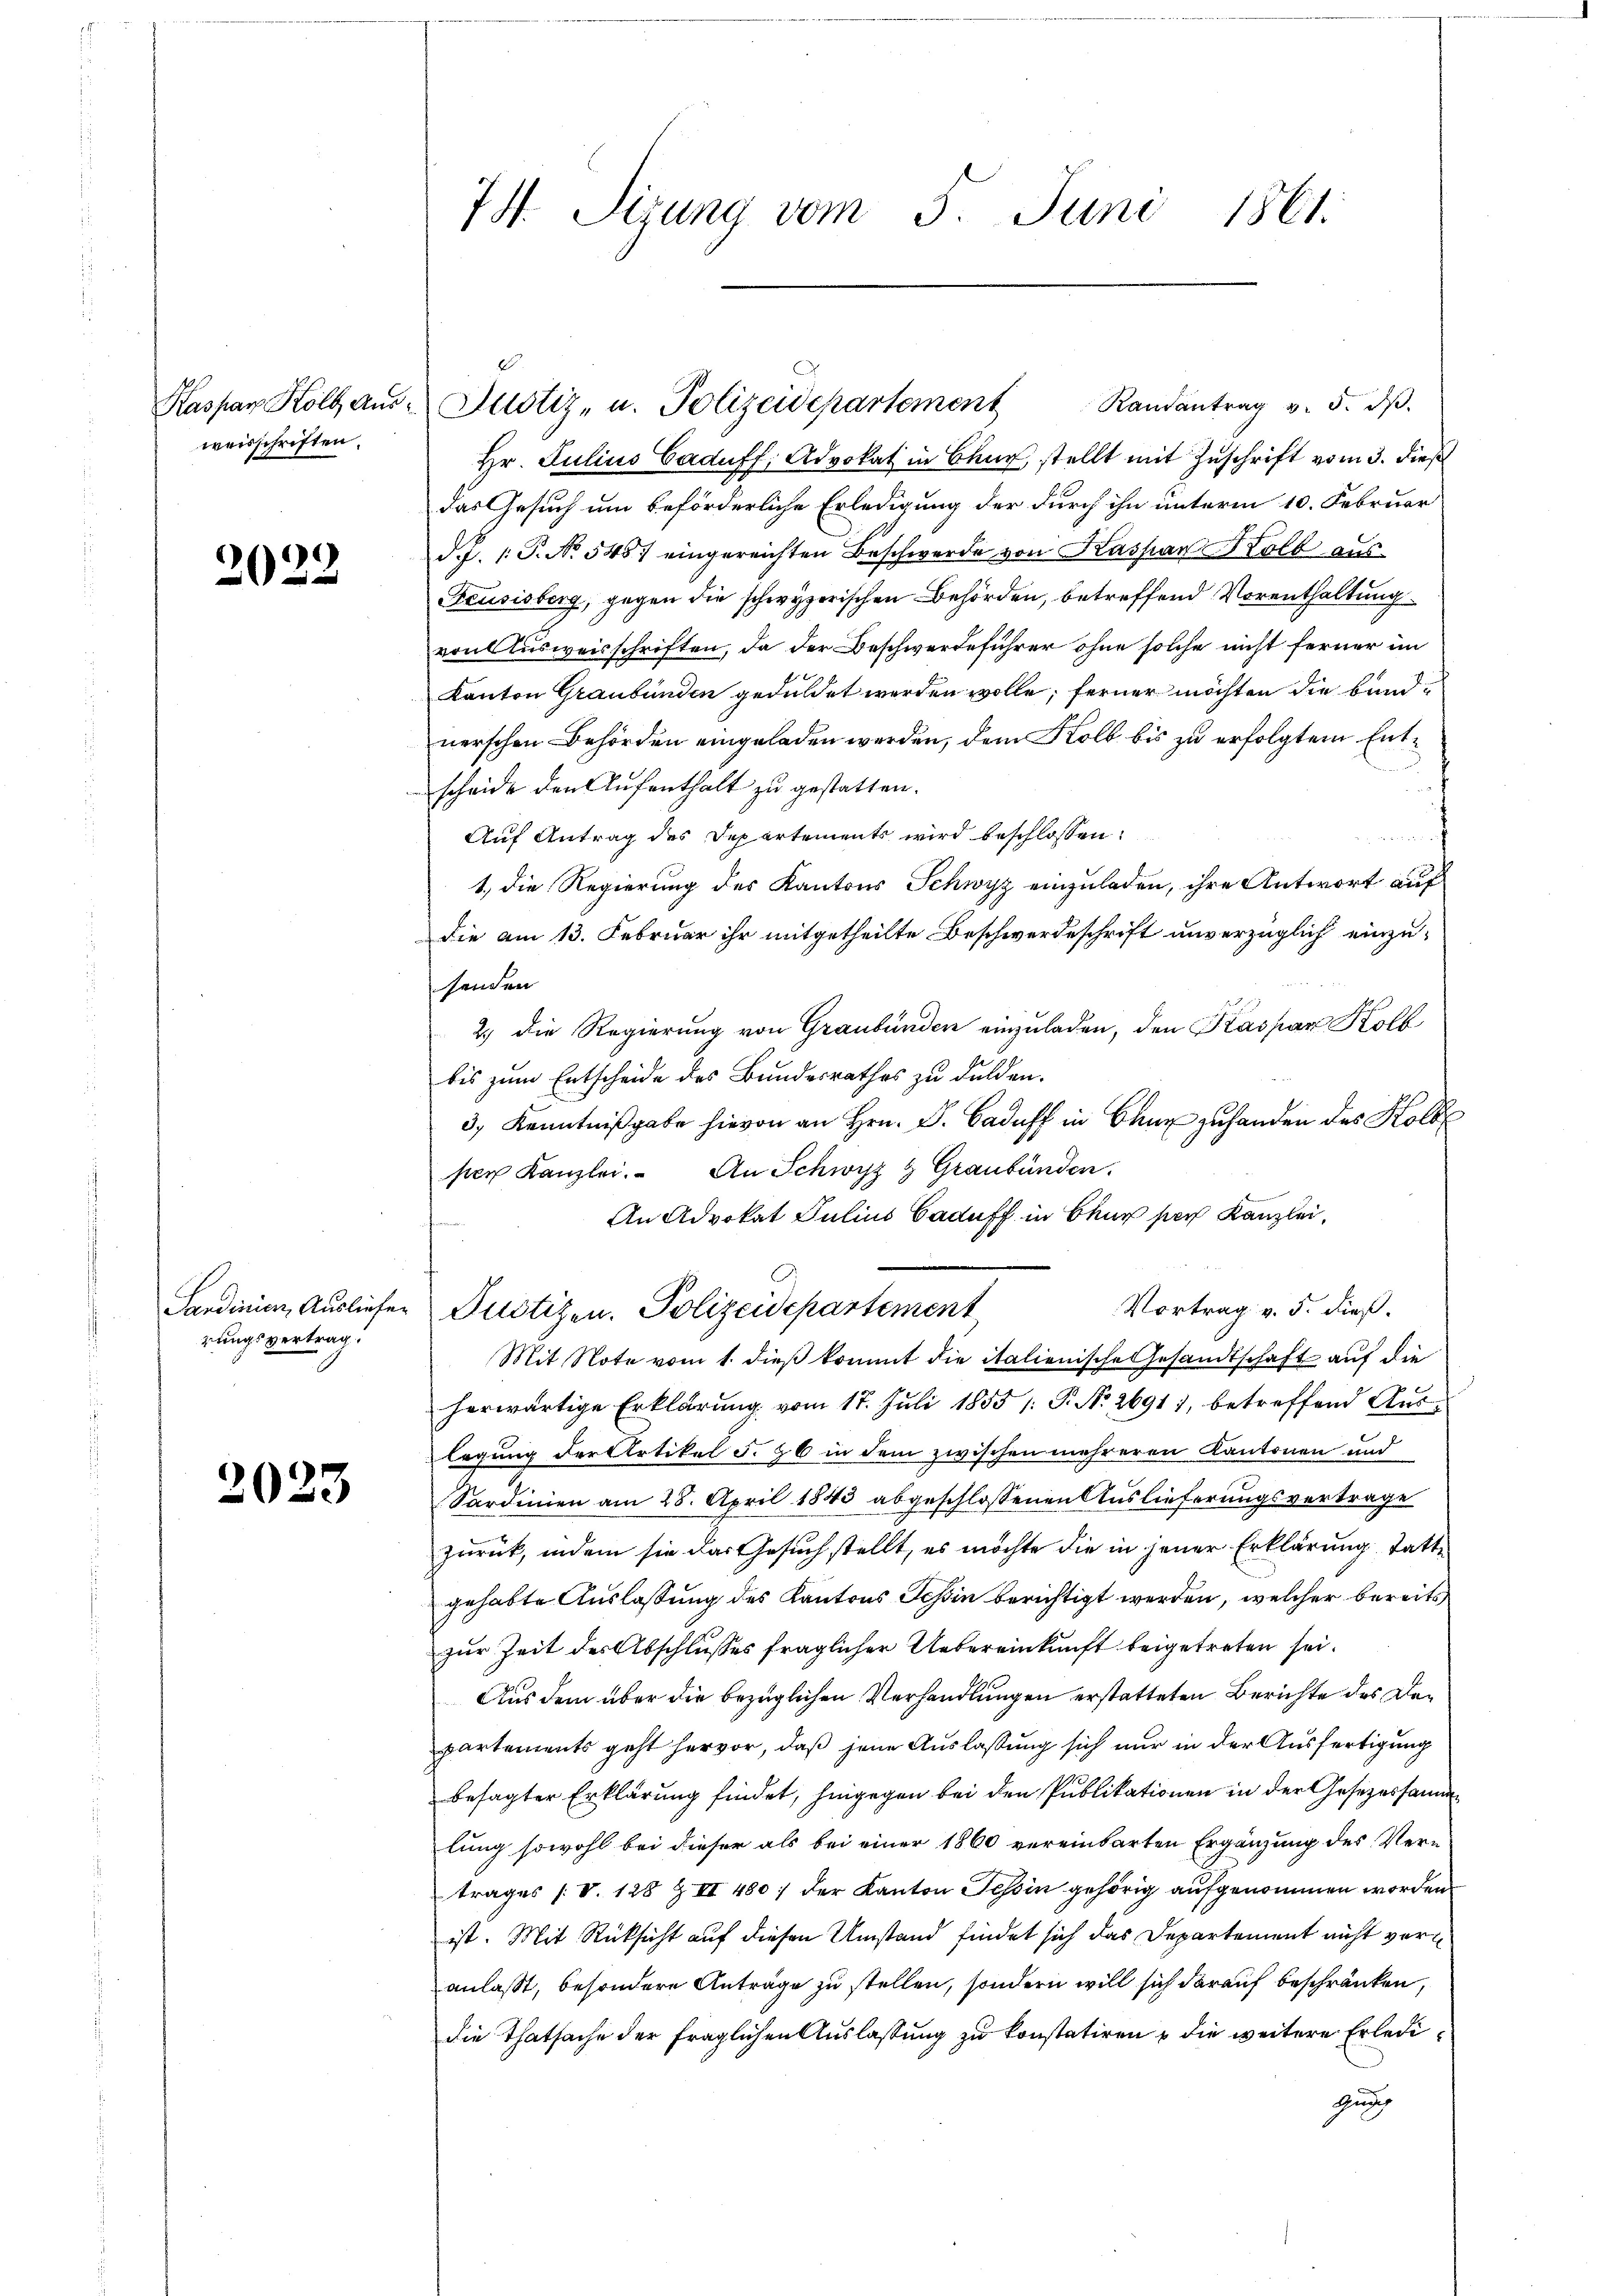
weisschriften.

2022

Sandinien, Ausliefer
rungsvertrag.

2023

74. Sizung vom 5. Juni 1861.

1
Kaspar Kolb aus Justiz, u. Polizeidepartement Randantrag v. 5. dβ.

Hr. Julius Caduff, Advokat in Baar, stellt mit Zuschrift vom 3. dieß
das Gesuch um beförderliche Erledigung der durch ihn unterm 10. Februar
d.J. P. Nr. 545 eingereichten Beschwerde von Kassian Kolb aus
Feusisberg, gegen die schwyzerischen Behörden, betreffend Vorenthaltung
von Ausweisschriften, da der Beschwerdeführer ohne solche nicht ferner im
Kanton Graubünden geduldet werden wolle, ferner möchten die bindnerschen Behörden eingeladen werden, dem Kolb bis zu erfolgtem Entscheide den Aufenthalt zu gestatten.
Auf Antrag des Departements wird beschlossen:
e
1., die Regierung des Kantons Schwyz einzuladen, ihre Antwort auf
die am 13. Februar ihr mitgetheilte Beschwerdeschrift unverzüglich einzusenden
2.) Die Regierung von Graubünden einzuladen, den Kaspar Kolb
bis zum Entscheide des Bundesrathes zu dulden.
3, Kenntnißgabe hievon an Hrn. D. Caduff in Chur zu handen des Kolbe
per Kanzlei. An Schwyz & Graubünden.
An Advokat Julius Caduff in Chur par Kanzlei,
Vortrag v. 5. dieß.
Justizen. Polizeidepartement
Mit Note vom 1. dieß kommt die italienische Gesandtschaft auf die
herwärtige Erklärung vom 17. Juli 1855 /: P. Nr. 2691), betreffend Auslegung der Artikel 5. 26 in dem zwischen mehreren Kantonen und
Sardinien am 28. April 1843 abgeschlossenen Auslieferungsvertrage
zurück, indem sie das Gesuch stellt, es möchte die in jener Erklärung stattgehabte Auslassung des Kantons Schin berichtigt werden, welcher bereits
zur Zeit des Abschlusses fraglicher Uebereinkunft beigetreten sei.
Aus dem über die bezüglichen Verhandlungen erstatteten Berichte des Departements geht hervor, daß jene Auslassung sich nur in der Ausfertigung
besagter Erklärung findet, hingegen bei den Publikationen in der Gesezessamme
lung sowohl bei dieser als bei einer 1860 vereinbarten Ergänzung des Vertrages (V. 128 Z II 480; der Kanton Tessin gehörig aufgenommen worden
ist. Mit Rücksicht auf diesen Umstand findet sich das Departement nicht veranlaßt, besondere Anträge zu stellen, sondern will sich darauf beschränken,
die Thatsache der fraglichen Auslassung zu konstatiren & die weitere Erledigung